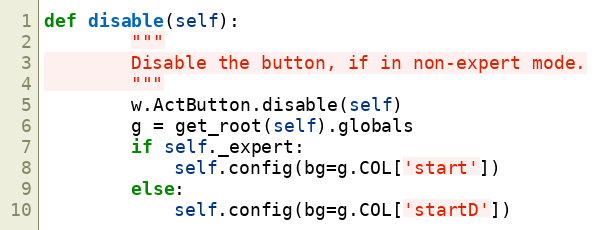
Language: Python
def disable(self):
        """
        Disable the button, if in non-expert mode.
        """
        w.ActButton.disable(self)
        g = get_root(self).globals
        if self._expert:
            self.config(bg=g.COL['start'])
        else:
            self.config(bg=g.COL['startD'])